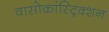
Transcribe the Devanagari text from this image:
वासोकांस्ट्रिक्शन